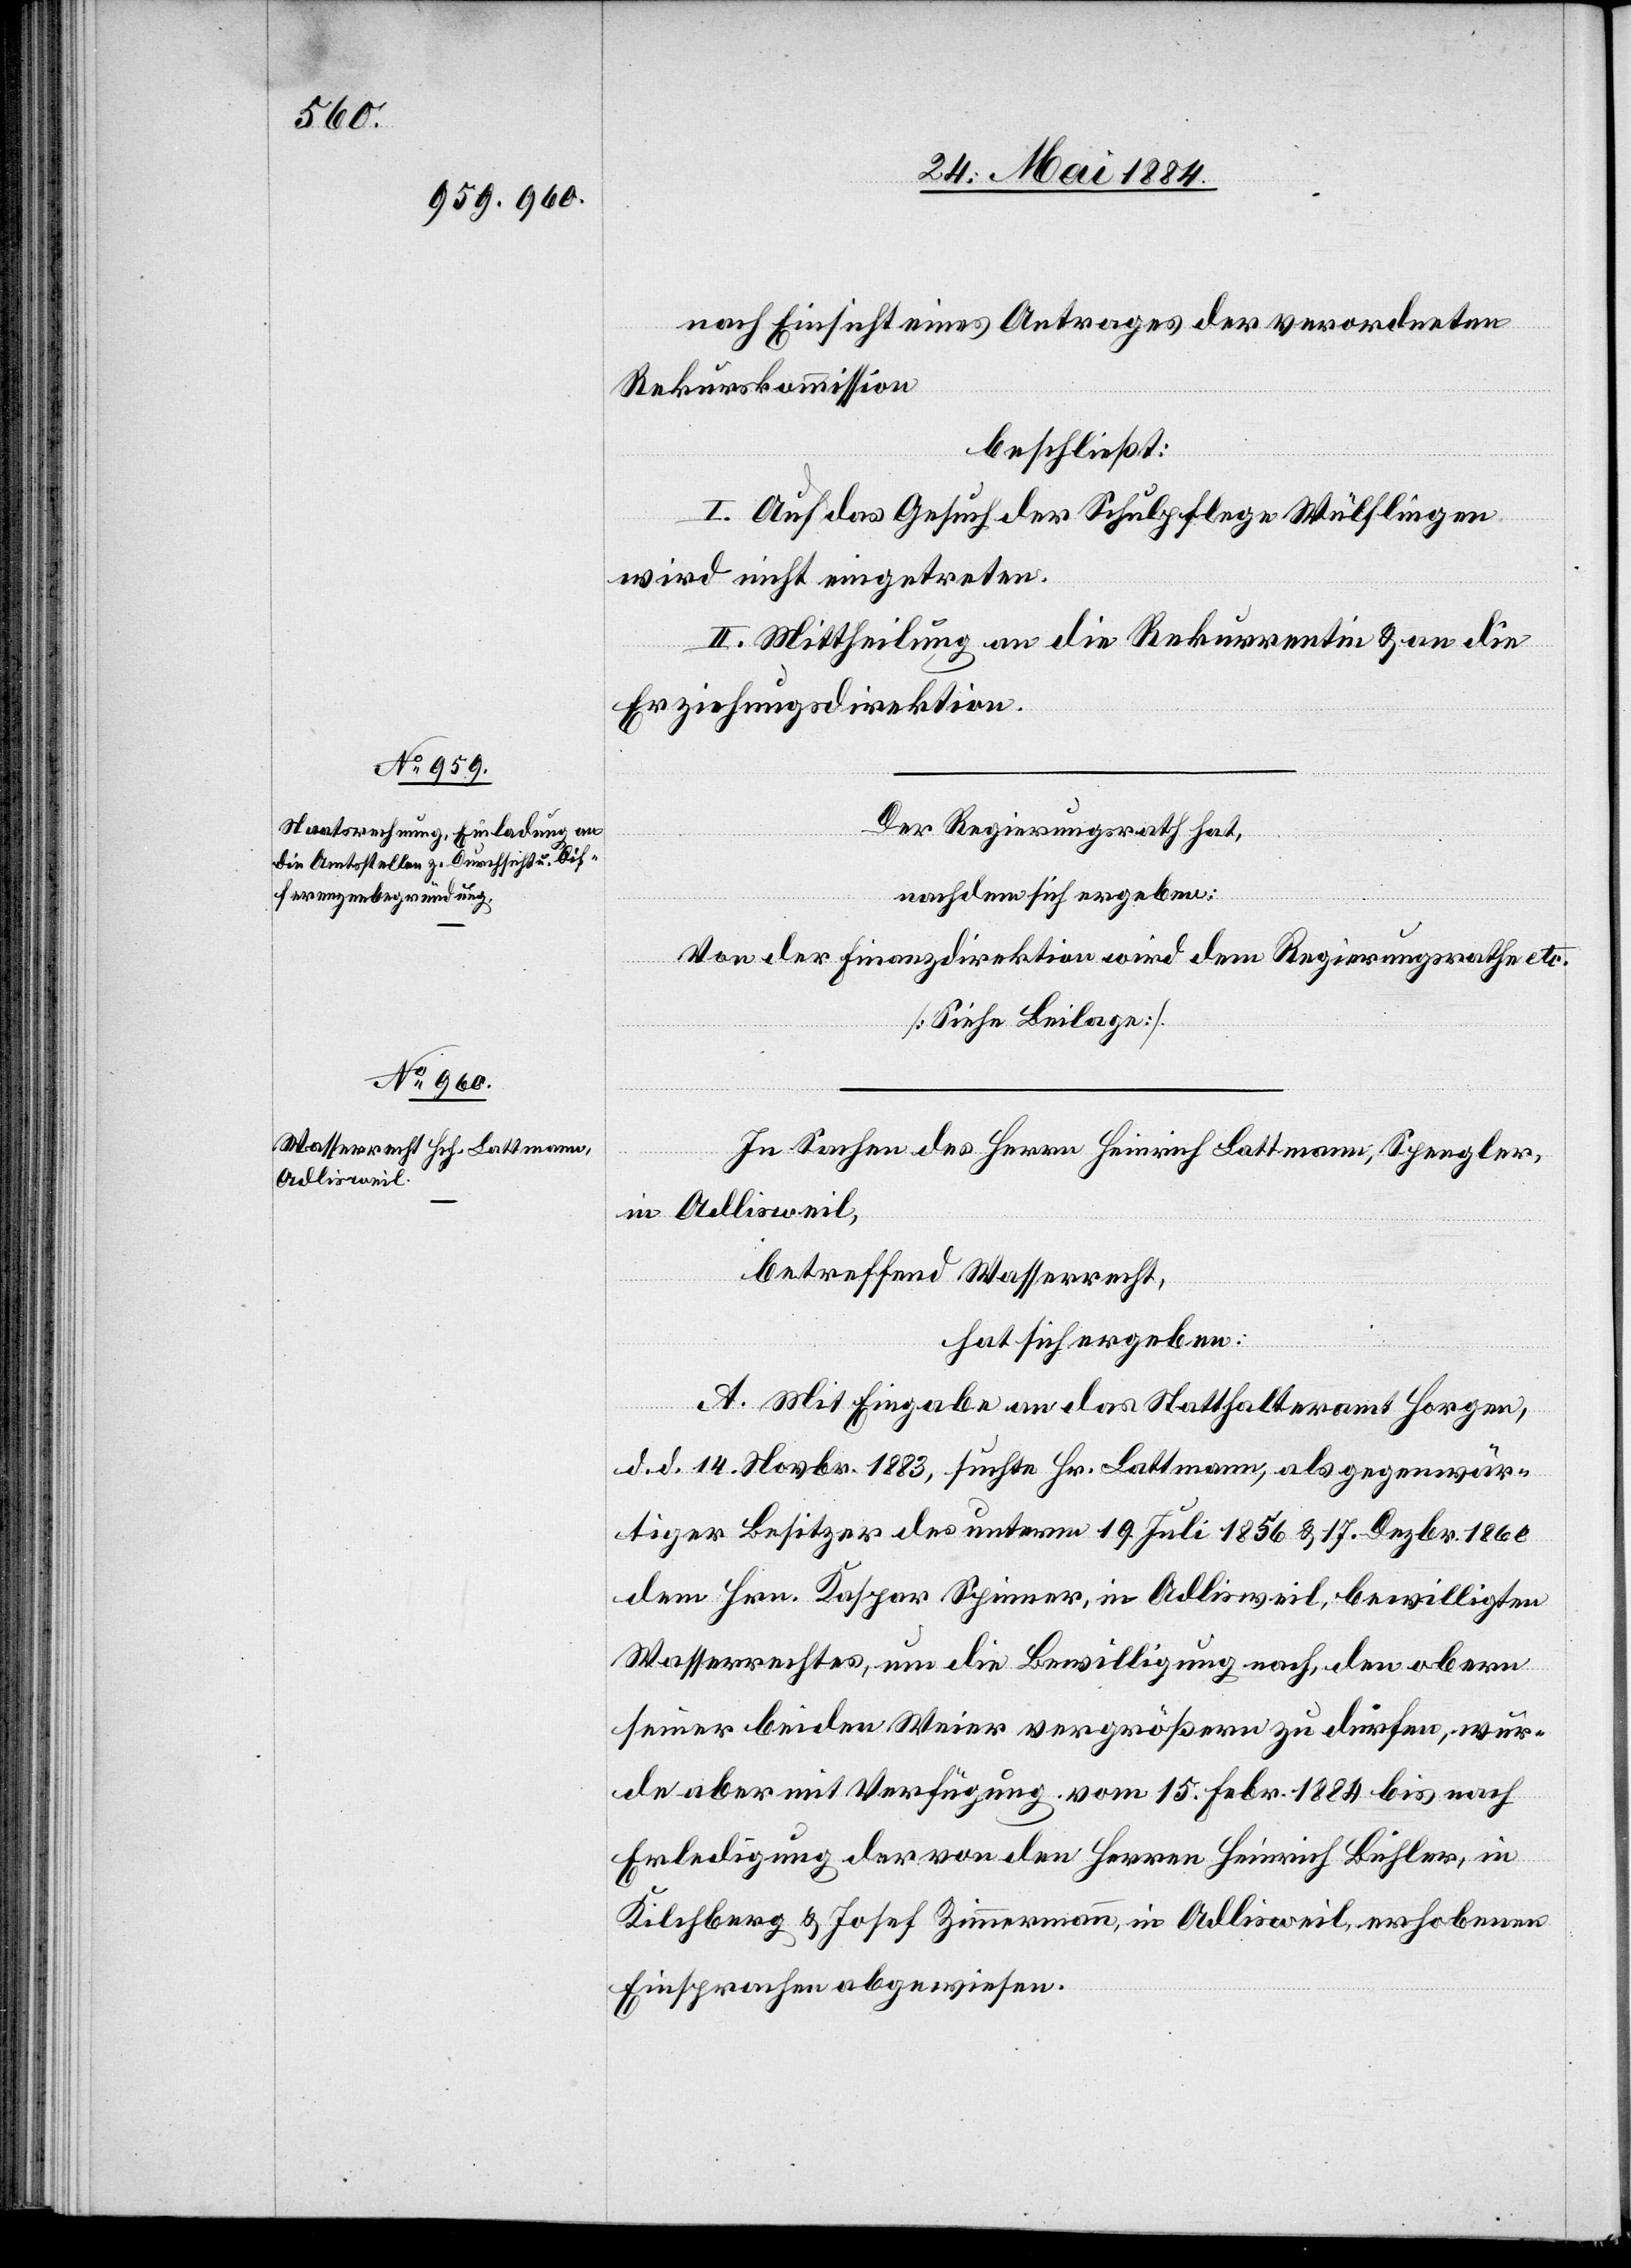
nach Einsicht eines Antrages der verordneten
Rekurskommission
beschließt:
I. Auf das Gesuch der Schulpflege Wülflingen
wird nicht eingetreten.
II. Mittheilung an die Rekurrentin & an die
Erziehungsdirektion.
In Sachen des Herrn Heinrich Lattmann, Spengler,
in Adlisweil,
betreffend Wasserrecht,
hat sich ergeben:
A. Mit Eingabe an das Statthalteramt Horgen,
d. d. 14. Novbr. 1883, suchte Hr. Lattmann, als gegenwär¬
tiger Besitzer des unterm 19. Juli 1856 & 17. Dezbr. 1860
dem Hrn. Kaspar Spinner, in Adlisweil, bewilligten
Wasserrechtes, um die Bewilligung nach, den obern
seiner beiden Weier vergrößern zu dürfen, wur¬
de aber mit Verfügung vom 15. Febr. 1884 bis nach
Erledigung der von den Herren Heinrich Bühler, in
Kilchsberg & Josef Zimmermann, in Adlisweil, erhobenen
Einsprachen abgewiesen.